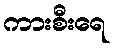
ကားစီးရေ